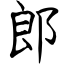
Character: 郎